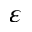
\varepsilon